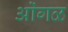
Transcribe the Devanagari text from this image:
ओंगळ